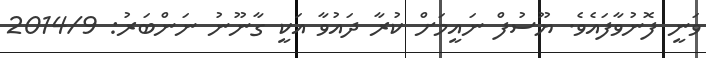
ވަނީ ފޮނުވާފައެވެ. ޔޫސުފް ނައީމަށް ކުރާ ދައުވާ އަކީ ގާނޫނު ނަންބަރު: 2014/9